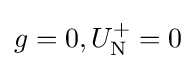
g=0,U_{\rm {N}}^{+}=0